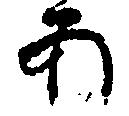
あ